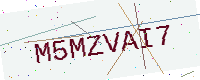
Text: M5MZVAI7